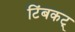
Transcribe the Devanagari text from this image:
टिंबकट्